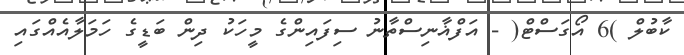
ކާބުލް )6 އޯގަސްޓް( - އަފްޣާނިސްތާނު ސިފައިންގެ މީހަކު ދިން ބަޑީގެ ހަމަލާއެއްގައި